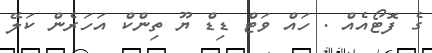
ގެ ފޮޓޯއެއް . ހައް ވަޓް ޑިޑް ޔޫ ތިންކް އަހަރެން ކަލޭ